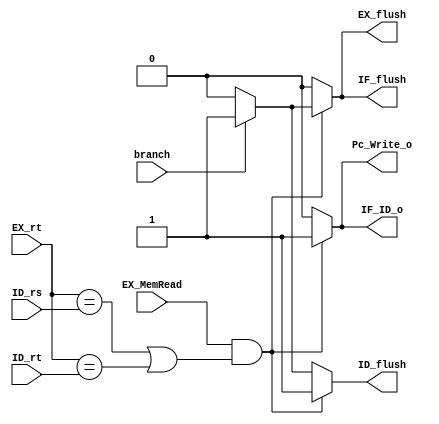

`timescale 1ns / 1ps
//////////////////////////////////////////////////////////////////////////////////
// Company: 
// Engineer: 
// 
// Design Name: 
// Module Name:    Hazrd_detection_unit 
// Project Name: 
// Target Devices: 
// Tool versions: 
// Description: 
//
// Dependencies: 
//
// Revision: 
// Revision 0.01 - File Created
// Additional Comments: 
//
//////////////////////////////////////////////////////////////////////////////////
module Hazard_detection_unit(
	ID_rs,
	ID_rt,
	EX_rt,
	EX_MemRead,
	branch,
	IF_ID_o,
	Pc_Write_o,
	IF_flush,
	ID_flush,
	EX_flush
	 );

//I/O ports  
input [5-1:0]ID_rs;
input [5-1:0]ID_rt;
input [5-1:0]EX_rt;
input EX_MemRead;
input branch;
output IF_ID_o;
output Pc_Write_o;
output IF_flush;
output ID_flush;
output EX_flush;

//Internal Signals
wire IF_ID_o;
wire Pc_Write_o;
wire IF_flush;
wire ID_flush;
wire EX_flush;


//Main function

assign IF_ID_o = (EX_MemRead & ((EX_rt == ID_rs) | (EX_rt == ID_rt)))?1:0;
assign Pc_Write_o = (EX_MemRead & ((EX_rt == ID_rs) | (EX_rt == ID_rt)))?1:0;
assign IF_flush = (!(EX_MemRead & ((EX_rt == ID_rs) | (EX_rt == ID_rt))))?0:(branch)?1:0;
assign ID_flush = (EX_MemRead & ((EX_rt == ID_rs) | (EX_rt == ID_rt)))?1:(branch)?1:0;
assign EX_flush = (!(EX_MemRead & ((EX_rt == ID_rs) | (EX_rt == ID_rt))))?0:(branch)?1:0;


endmodule